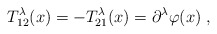
\begin{align*} T^\lambda_{12}(x) = -T^\lambda_{21}(x) = \partial^\lambda\varphi(x)\;,\end{align*}